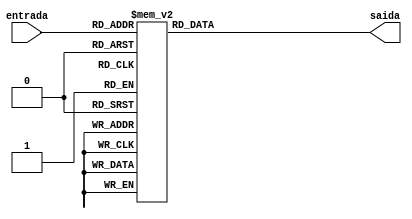
module displayDecoder(

	input[2:0]		entrada,
	output reg [0:6]		saida
);

	always@(entrada)begin //sempre que mudar a entrada
		case(entrada[2:0])
		3'b000:saida = 7'b0000001; // 0
		3'b001:saida = 7'b1001111; // 1
		3'b010:saida = 7'b0010010; // 2
		3'b011:saida = 7'b0000110; // 3
		3'b100:saida = 7'b1001100; // 4
		3'b101:saida = 7'b0100100; // 5
		3'b110:saida = 7'b0100000; // 6
		3'b111:saida = 7'b0001111; // 7
		default: saida = 7'b0000000;
		endcase
	end
    
endmodule